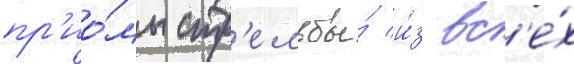
пр'ио́мы стр'ельбы́ и́з вс'е́х